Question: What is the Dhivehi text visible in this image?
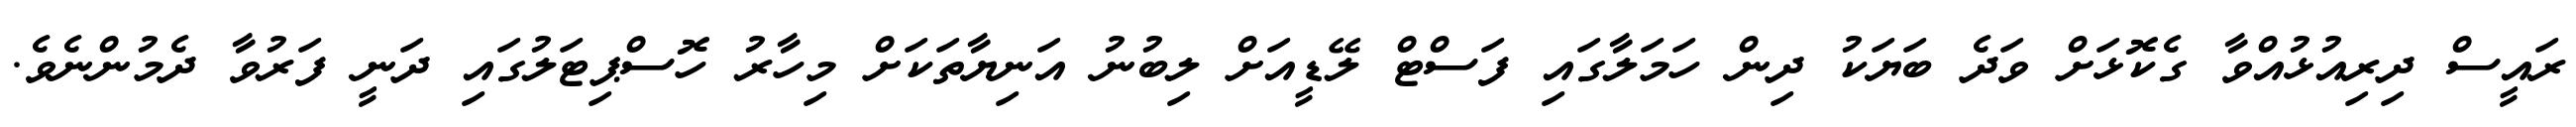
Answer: ރައީސް ދިރިއުޅުއްވާ ގެކޮޅަށް ވަދެ ބަޔަކު ދިން ހަމަލާގައި ފަސްޓް ލޭޑީއަށް ލިބުނު އަނިޔާތަކަށް މިހާރު ހޮސްޕިޓަލުގައި ދަނީ ފަރުވާ ދެމުންނެވެ.